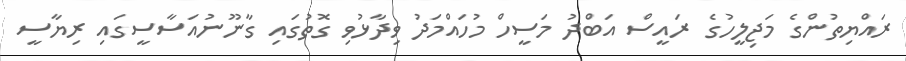
ރައްޔިތުންގެ މަޖިލީހުގެ ރައީސް އަބްދު މަސީހް މުހައްމަދު ވިދާޅުވި ގޮތުގައި ގާނޫނުއަސާސީގައި ރިޔާސީ